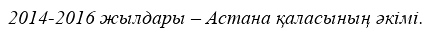
2014-2016 жылдары – Астана қаласының әкімі.